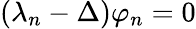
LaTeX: (\lambda_{n}-\Delta)\varphi_{n}=0